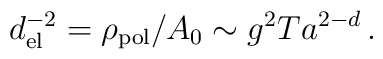
d_{\rm el}^{-2} = \rho_{\rm pol}/A_0 \sim g^2Ta^{2-d} \, .